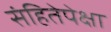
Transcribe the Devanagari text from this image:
संहितेपेक्षा